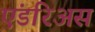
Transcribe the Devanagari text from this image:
एंडरिअस